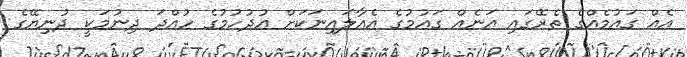
އެއް ގައުމެއްގެ ތެރޭގައި އަނެއް ގައުމުގެ އެއާލައިނަކަށް އުދުހުމުގެ ހުއްދަ ދިނުމަކީ ދުނިޔޭގެ